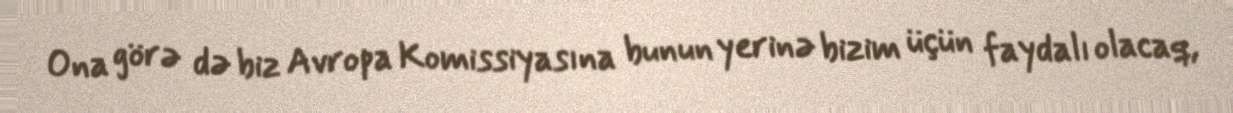
Ona görə də biz Avropa Komissiyasına bunun yerinə bizim üçün faydalı olacaq,